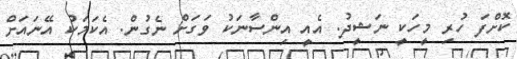
ކޮށްފަ ހުރި މީހަކީ ނަޝީދު. އެއީ އިންސާނަކު ވަގަށް ނެގުން. އެކަމަކު އޭނައަށް